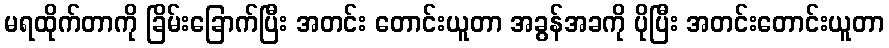
မရထိုက်တာကို ခြိမ်းခြောက်ပြီး အတင်း တောင်းယူတာ အခွန်အခကို ပိုပြီး အတင်းတောင်းယူတာ